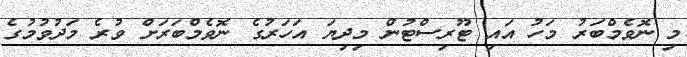
މި ނޮވެމްބަރު މަހު އައި ޓޫރިސްޓުން މިދިޔަ އަހަރުގެ ނޮވެމްބަރަށް ވުރެ މަދުވުމުގެ